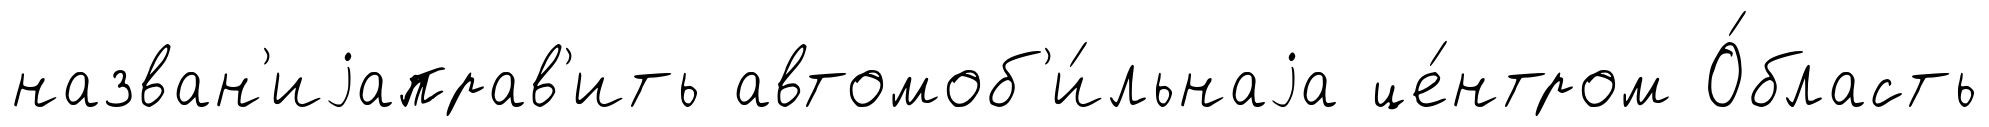
назван'иjаправ'ить автомоб'и́льнаjа це́нтром О́бласть